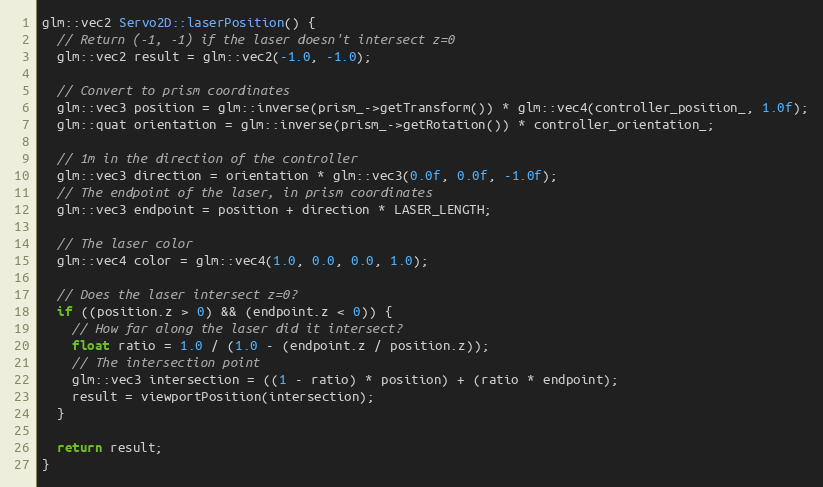
Language: C++
glm::vec2 Servo2D::laserPosition() {
  // Return (-1, -1) if the laser doesn't intersect z=0
  glm::vec2 result = glm::vec2(-1.0, -1.0);

  // Convert to prism coordinates
  glm::vec3 position = glm::inverse(prism_->getTransform()) * glm::vec4(controller_position_, 1.0f);
  glm::quat orientation = glm::inverse(prism_->getRotation()) * controller_orientation_;

  // 1m in the direction of the controller
  glm::vec3 direction = orientation * glm::vec3(0.0f, 0.0f, -1.0f);
  // The endpoint of the laser, in prism coordinates
  glm::vec3 endpoint = position + direction * LASER_LENGTH;

  // The laser color
  glm::vec4 color = glm::vec4(1.0, 0.0, 0.0, 1.0);

  // Does the laser intersect z=0?
  if ((position.z > 0) && (endpoint.z < 0)) {
    // How far along the laser did it intersect?
    float ratio = 1.0 / (1.0 - (endpoint.z / position.z));
    // The intersection point
    glm::vec3 intersection = ((1 - ratio) * position) + (ratio * endpoint);
    result = viewportPosition(intersection);
  }

  return result;
}